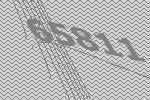
65811